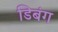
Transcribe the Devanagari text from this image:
डिबंग